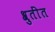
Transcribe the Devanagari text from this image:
श्रुतींत